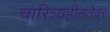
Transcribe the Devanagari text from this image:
चारित्र्यहीनतेवर